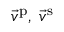
\vec { v } ^ { \mathrm { p } } , \; \vec { v } ^ { \mathrm { s } }